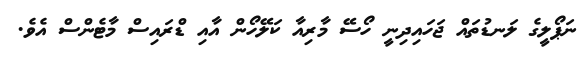
ނަޕޯލީގެ ލަނޑުތައް ޖަހައިދިނީ ހޯސޭ މާރިއާ ކަލޭހޯން އާއި ޑްރައިސް މާޓެންސް އެވެ.